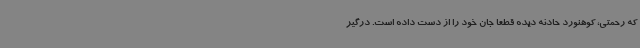
که رحمتی، کوهنورد حادثه دیده قطعا جان خود را از دست داده است. درگیر